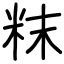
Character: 粖